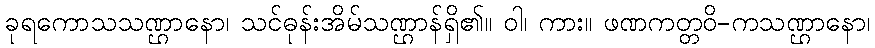
ခုရကောသသဏ္ဌာနော၊ သင်ဓုန်းအိမ်သဏ္ဌာန်ရှိ၏။ ဝါ၊ ကား။ ဖဏကတ္တဝိ-ကသဏ္ဌာနော၊